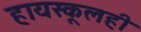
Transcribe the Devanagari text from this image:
हायस्कूलही